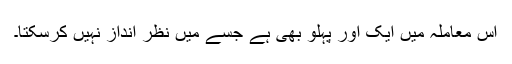
اس معاملہ میں ایک اور پہلو بھی ہے جسے میں نظر انداز نہیں کرسکتا۔